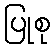
ပြုစု